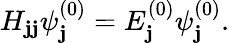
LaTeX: H_{\mathbf{j}\mathbf{j}}\psi_{\mathbf{j}}^{(0)}=E_{\mathbf{j}}^{(0)}\psi_{\mathbf{j}}^{(0)}.